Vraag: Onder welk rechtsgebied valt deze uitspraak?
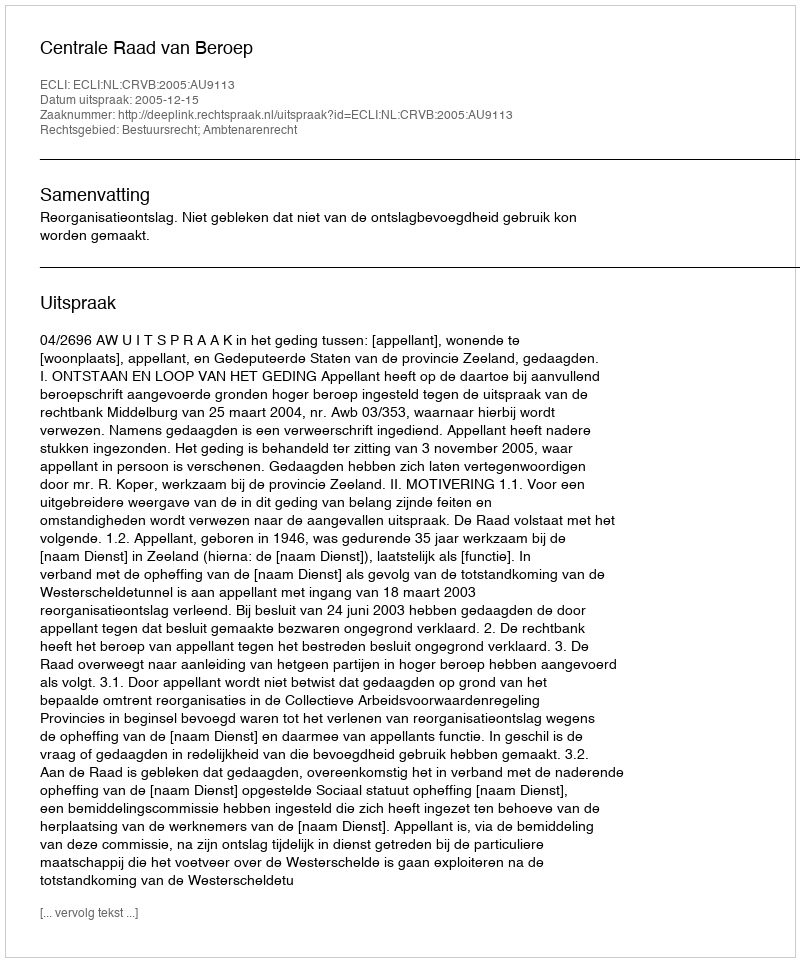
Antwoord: Bestuursrecht; Ambtenarenrecht